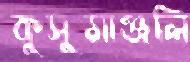
কুসুমাঞ্জলি